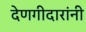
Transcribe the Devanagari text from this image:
देणगीदारांनी